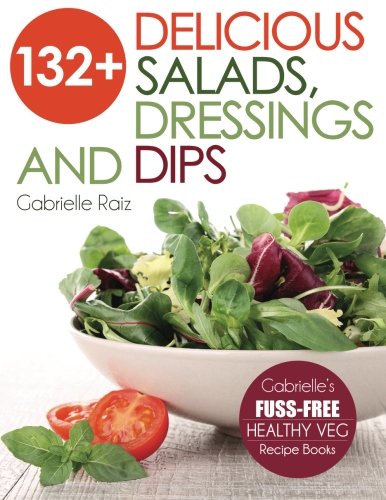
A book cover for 132+ Delicious Salads, Dressings And Dips: (Gabrielle's FUSS-FREE Healthy Veg Recipes); Gabrielle Raiz; Cookbooks, Food & Wine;